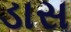
ડાસ